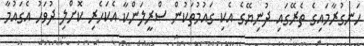
ހަނގުރާމައިގެ ތެރޭގައި ދުނިޔޭގެ އެކި ގައުމުތަކުން ސްރީލަންކާ އެކަހެރި ކޮށްލި ދުވަހު އެގައުމާ